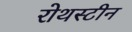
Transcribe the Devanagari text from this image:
रोथस्टीन